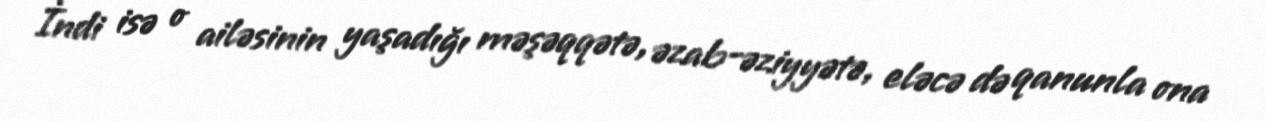
İndi isə o ailəsinin yaşadığı məşəqqətə, əzab-əziyyətə, eləcə də qanunla ona